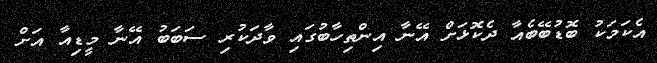
އެކަމަކު ބޮޑުބޭބެއާ ދެކޮޅަށް އޭނާ އިންތިހާބުގައި ވާދަކުރި ސަބަބު އޭނާ މީޑިއާ އަށް